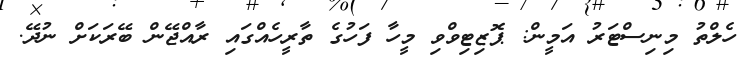
ހެލްތު މިނިސްޓަރު އަމީން: ޕޮޒިޓިވްވި މީހާ ފަހުގެ ތާރީހެއްގައި ރާއްޖޭން ބޭރަކަށް ނުދޭ.